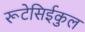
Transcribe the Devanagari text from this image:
रूटेसिईकुल